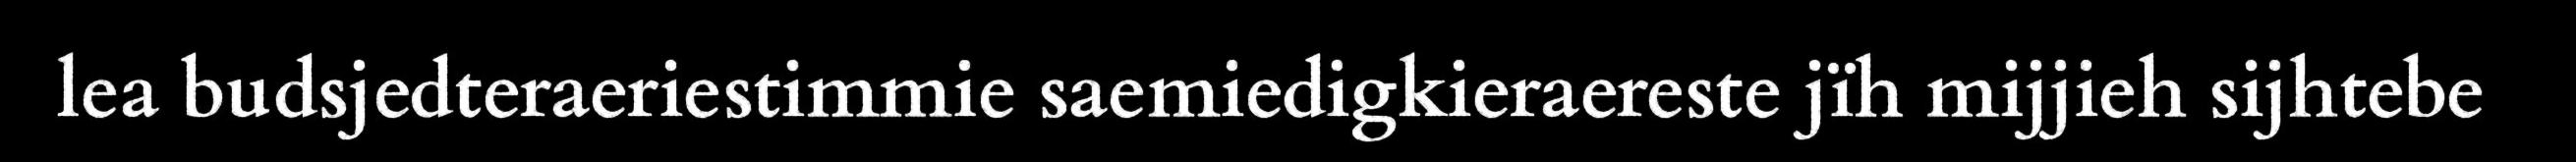
lea budsjedteraeriestimmie saemiedigkieraereste jïh mijjieh sijhtebe